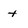
Character: t